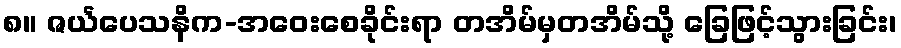
၈။ ဇင်္ယပေသနိက-အဝေးစေခိုင်းရာ တအိမ်မှတအိမ်သို့ ခြေဖြင့်သွားခြင်း၊